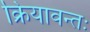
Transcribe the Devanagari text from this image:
क्रियावन्तः